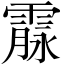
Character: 霡